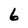
Character: 6